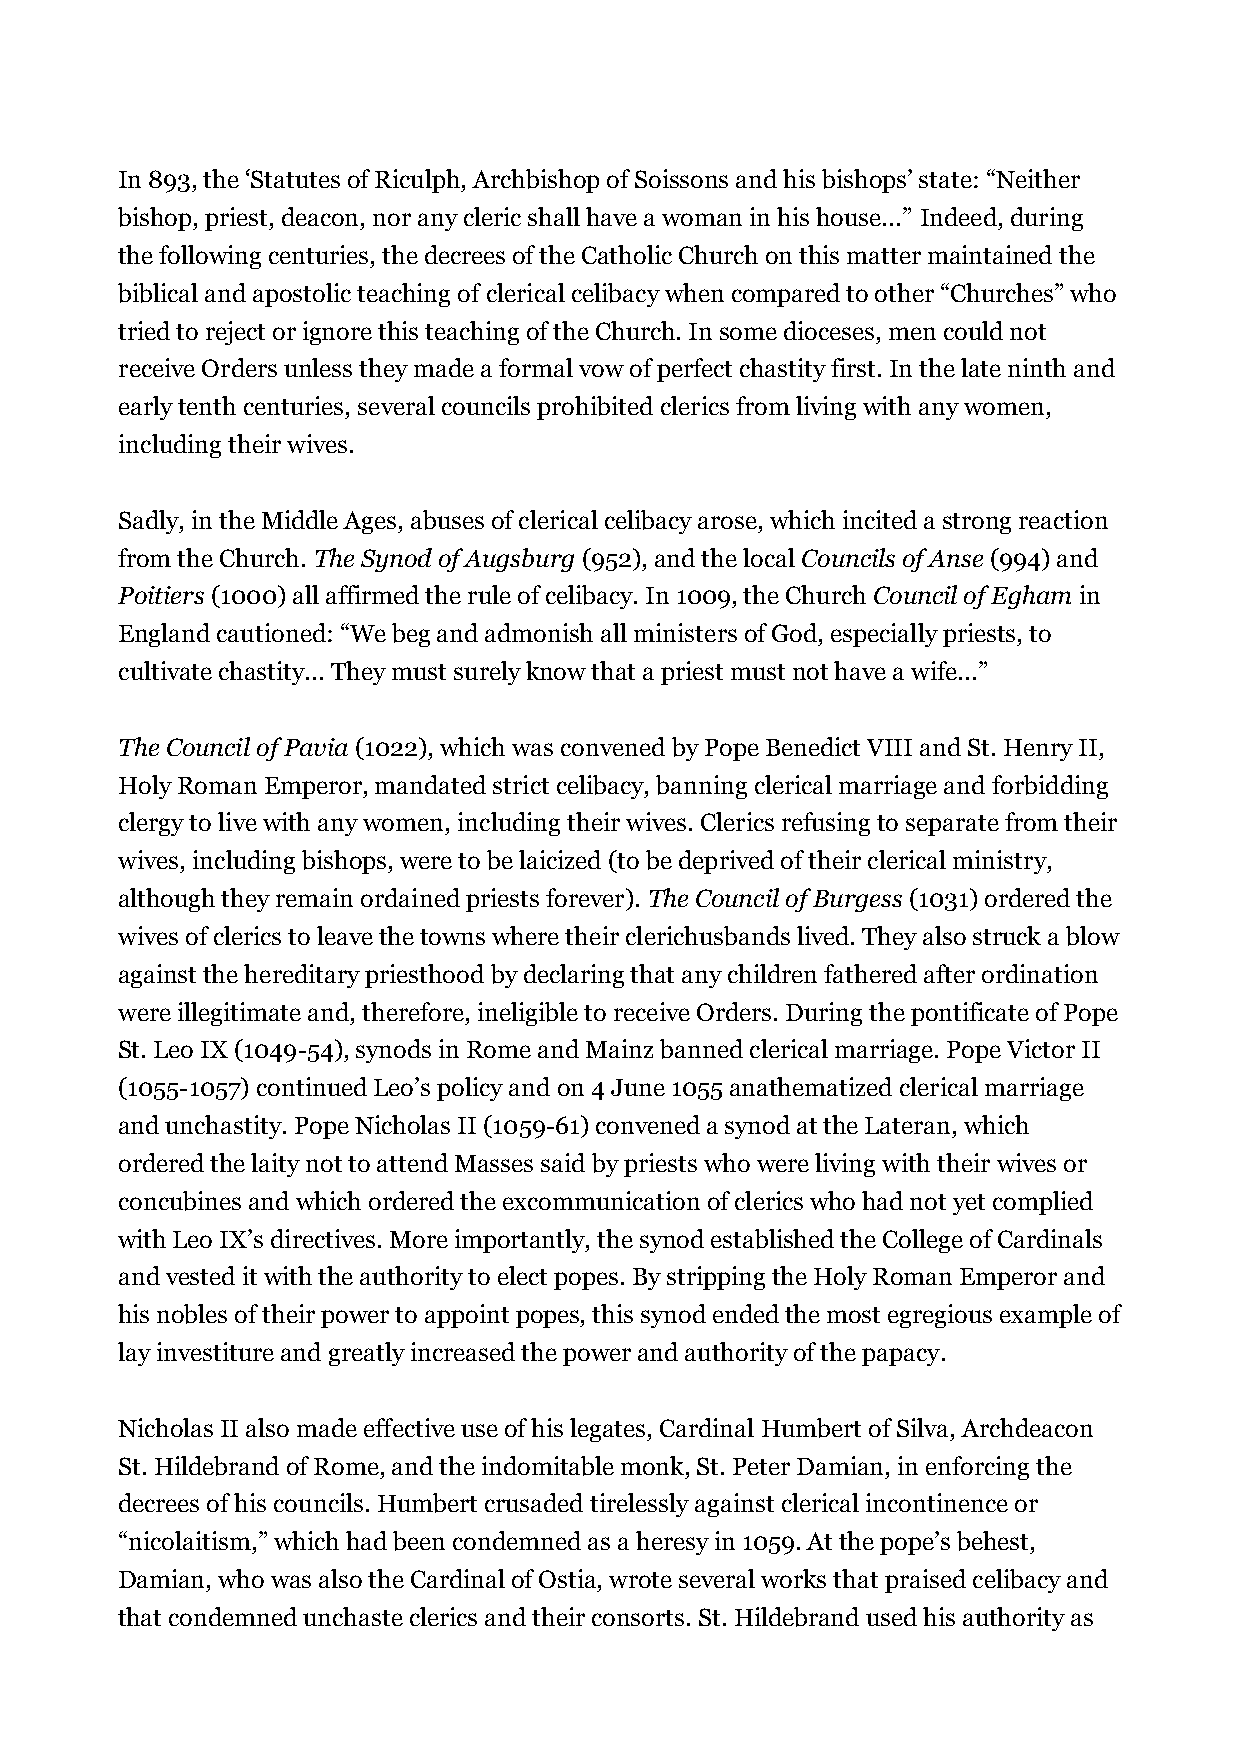
In 893, the ‘Statutes of Riculph, Archbishop of Soissons and his bishops’ state: “Neither
 bishop, priest, deacon, nor any cleric shall have a woman in his house...” Indeed, during
 the following centuries, the decrees of the Catholic Church on this matter maintained the
 biblical and apostolic teaching of clerical celibacy when compared to other “Churches” who
 tried to reject or ignore this teaching of the Church. In some dioceses, men could not
 receive Orders unless they made a formal vow of perfect chastity first. In the late ninth and
 early tenth centuries, several councils prohibited clerics from living with any women,
 including their wives.
 Sadly, in the Middle Ages, abuses of clerical celibacy arose, which incited a strong reaction
 from the Church. The Synod of Augsburg (952), and the local Councils of Anse (994) and
 Poitiers (1000) all affirmed the rule of celibacy. In 1009, the Church Council of Egham in
 England cautioned: “We beg and admonish all ministers of God, especially priests, to
 cultivate chastity... They must surely know that a priest must not have a wife...”
 The Council of Pavia (1022), which was convened by Pope Benedict VIII and St. Henry II,
 Holy Roman Emperor, mandated strict celibacy, banning clerical marriage and forbidding
 clergy to live with any women, including their wives. Clerics refusing to separate from their
 wives, including bishops, were to be laicized (to be deprived of their clerical ministry,
 although they remain ordained priests forever). The Council of Burgess (1031) ordered the
 wives of clerics to leave the towns where their clerichusbands lived. They also struck a blow
 against the hereditary priesthood by declaring that any children fathered after ordination
 were illegitimate and, therefore, ineligible to receive Orders. During the pontificate of Pope
 St. Leo IX (1049-54), synods in Rome and Mainz banned clerical marriage. Pope Victor II
 (1055-1057) continued Leo’s policy and on 4 June 1055 anathematized clerical marriage
 and unchastity. Pope Nicholas II (1059-61) convened a synod at the Lateran, which
 ordered the laity not to attend Masses said by priests who were living with their wives or
 concubines and which ordered the excommunication of clerics who had not yet complied
 with Leo IX’s directives. More importantly, the synod established the College of Cardinals
 and vested it with the authority to elect popes. By stripping the Holy Roman Emperor and
 his nobles of their power to appoint popes, this synod ended the most egregious example of
 lay investiture and greatly increased the power and authority of the papacy.
 Nicholas II also made effective use of his legates, Cardinal Humbert of Silva, Archdeacon
 St. Hildebrand of Rome, and the indomitable monk, St. Peter Damian, in enforcing the
 decrees of his councils. Humbert crusaded tirelessly against clerical incontinence or
 “nicolaitism,” which had been condemned as a heresy in 1059. At the pope’s behest,
 Damian, who was also the Cardinal of Ostia, wrote several works that praised celibacy and
 that condemned unchaste clerics and their consorts. St. Hildebrand used his authority as